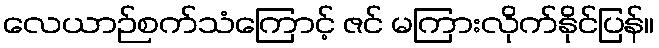
လေယာဉ်စက်သံကြောင့် ဇင် မကြားလိုက်နိုင်ပြန်။